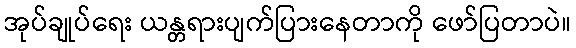
အုပ်ချုပ်ရေး ယန္တရားပျက်ပြားနေတာကို ဖော်ပြတာပဲ။